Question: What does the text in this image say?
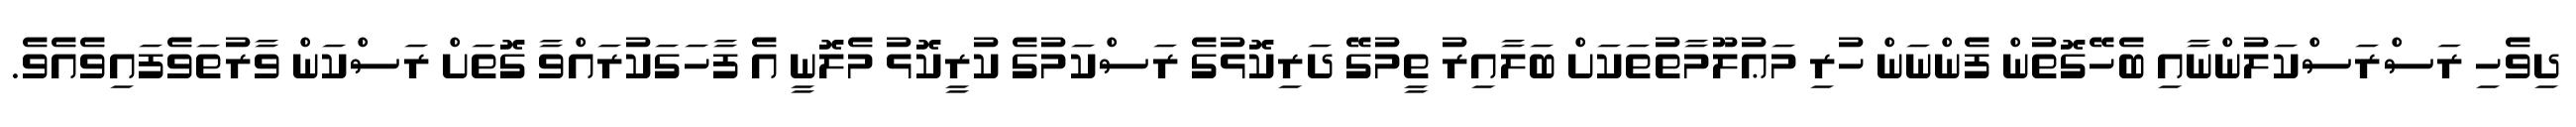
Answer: ދިވެހި ރަސްރަސްކަލުންނާއި ބެހޭގޮތުން ފެންނަން ހުރި މަޢުލޫމާތުތަކަށް ބަލާއިރު ތީމުގޭ ދަރިކޮޅުގެ ރަސްކަމުގެ ކުރީކޮޅު މެލޮނީ އެ ފާހަގަކުރައްވާ ގޮތަށް ރަސްކަން ވާރުތަވެފައިވެއެވެ.